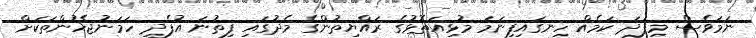
ނަމަވެސް މިފަދަ ކަމެއް ހިނގައިފިނަމަ މުޅިއަތޮޅުގެ ރައްޔިތުންގެ މެދުގައި ފިތުނަ އުފެދި ހަމަނުޖެހުންތަކަށް